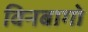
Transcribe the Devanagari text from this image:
विनबागो